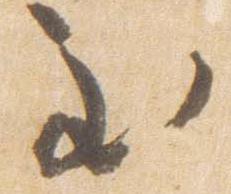
至